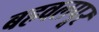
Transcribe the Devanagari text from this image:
बहवलपूर